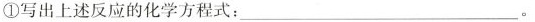
①写出上述反应的化学方程式：___。